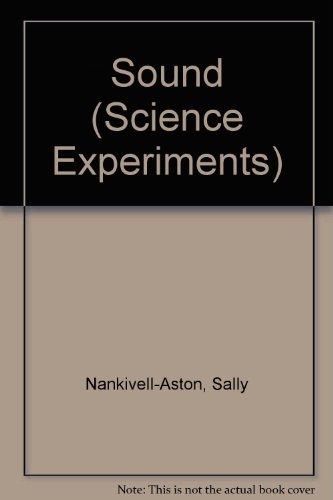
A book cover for Sound (Science Experiments); Sally Nankivell-Aston; Children's Books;